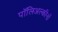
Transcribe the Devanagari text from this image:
पॉलिअल्कीनों